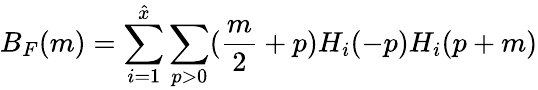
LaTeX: B_{F}(m)=\sum_{i=1}^{\hat{x}}\sum_{p>0}(\frac{m}{2}+p)H_{i}(-p)H_{i}(p+m)